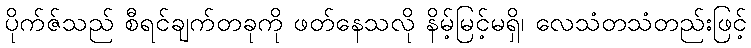
ပိုက်ဇ်သည် စီရင်ချက်တခုကို ဖတ်နေသလို နိမ့်မြင့်မရှိ၊ လေသံတသံတည်းဖြင့်